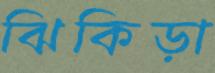
ঝিকিড়া